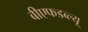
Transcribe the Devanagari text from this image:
बीएफडब्ल्यू